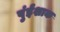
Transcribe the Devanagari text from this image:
पुंईशाक